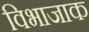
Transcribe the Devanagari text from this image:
विभाजाक